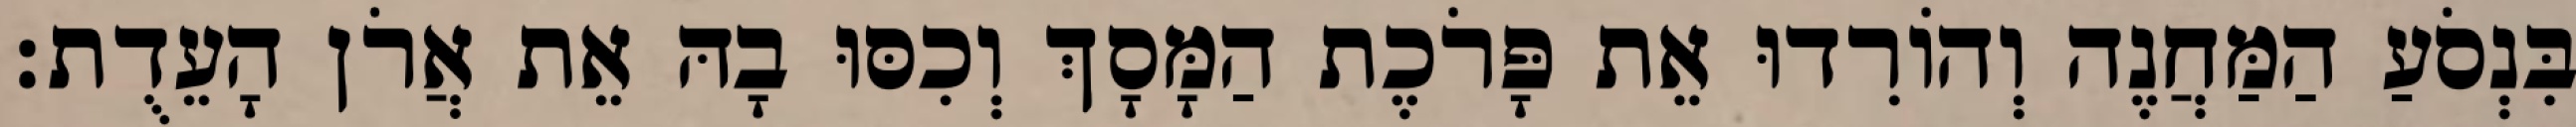
בִּנְסֹעַ הַמַּחֲנֶה וְהוֹרִדוּ אֵת פָּרֹכֶת הַמָּסָךְ וְכִסּוּ בָהּ אֵת אֲרֹן הָעֵדֻת׃